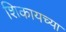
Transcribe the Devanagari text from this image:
शिकायच्या